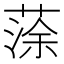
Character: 蒤